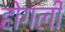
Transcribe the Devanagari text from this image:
होगली